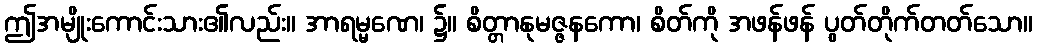
ဤအမျိုးကောင်းသား၏လည်း။ အာရမ္မဏေ၊ ၌။ စိတ္တာနုမဇ္ဇနကော၊ စိတ်ကို အဖန်ဖန် ပွတ်တိုက်တတ်သော။